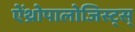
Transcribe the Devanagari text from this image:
ऐंथ्रोपालोजिस्ट्स्